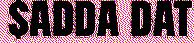
$adda dat